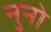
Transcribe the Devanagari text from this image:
नुनो